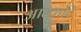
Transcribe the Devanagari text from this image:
आत्यादि